Medical and sanitary report of the native army of Madras for the year
Year: 1875
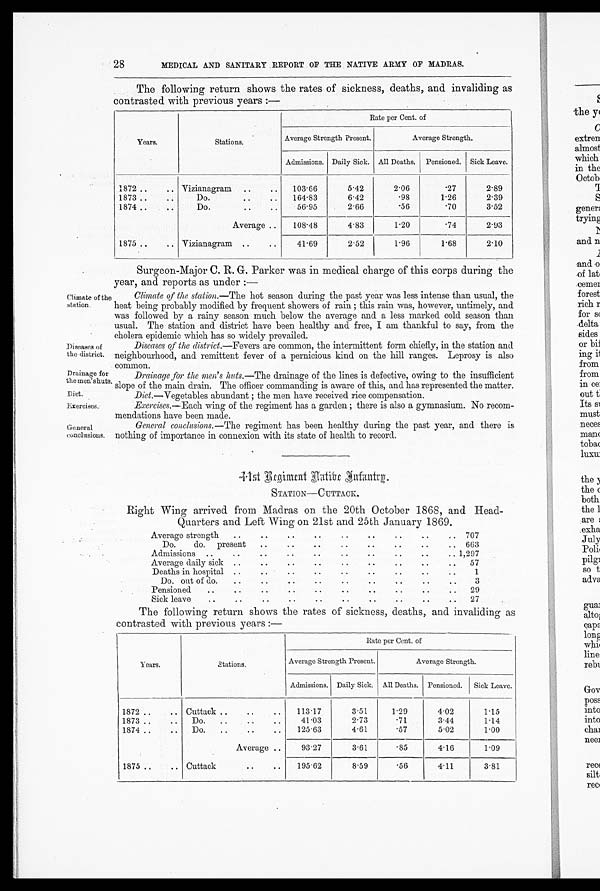
28
Climate of the
station.
Diseases of
the district.
Drainage for
the men's huts
Diet.
Exercises.
General
conclusions.
MEDICAL AND SANITARY REPORT OF THE NATIVE ARMY OF MADRAS.
The following return shows the rates of sickness, deaths, and invaliding as
contrasted with previous years :—
Years.
Stations.
Rate per Cent. of
Average Strength Present.
Average Strength.
Admissions. Daily Sick. All Deaths.
Pensioned. Sick Leave.
1872 ..
.. Vizianagram
..
..
103 . 66
5.42
2.06
.27
2.89
1873 ..
..
Do.
..
..
164 . 83
6.42
.98
1.26
2.39
1874 . .
..
Do.
..
..
56.95
2.66
.56
.70
3.52
Average ..
108.48
4.83
1.20
.74
2.93
1875..
.. Vizianagram ..
. .
41.69
2.52
1.96
1.68
2.10
Surgeon-Major C. R. G. Parker was in medical charge of this corps during the
year, and reports as under :—
Climate of the station.—The hot season during the past year was less intense than usual, the
heat being probably modified by frequent showers of rain ; this rain was, however, untimely, and
was followed by a rainy season much below the average and a less marked cold season than
usual. The station and district have been healthy and free, I am thankful to say, from the
cholera epidemic which has so widely prevailed.
Diseases of the district.—Fevers are common, the intermittent form chiefly, in the station and
neighbourhood, and remittent fever of a pernicious kind on the hill ranges. Leprosy is also
common.
Drainage for the men's huts.—The drainage of the lines is defective, owing to the insufficient
slope of the main drain. The officer commanding is aware of this, and has represented the matter.
Diet.—Vegetables abundant ; the men have received rice compensation.
Exercises.— Each wing of the regiment has a garden ; there is also a gymnasium. No recom-
mendations have been made.
General conclusions. —The regiment has been healthy during the past year, and there is
nothing of importance in connexion with its state of health to record.
4 1 s t R e g i m e n t N a t i v e I n f a n t r y .
STATION— CUTTACK.
Right Wing arrived from Madras on the 20th October 1868, and Head-
Quarters and Left Wing on 21st and 25th January 1869.
Average strength
..
.. ..
..
..
..
..
..
..
707
Do.
do.
present
..
..
..
..
..
..
..
.. 663
Admissions
..
..
..
..
..
..
..
.. 1,297
Average daily sick ..
..
..
..
..
..
..
..
57
Deaths in hospital
. . . .
. .
. .
. .
. .
. .
. .
. .
1
Do. out of do.
..
..
..
..
..
..
..
..
3
Pensioned
..
..
..
..
..
..
..
..
..
..
29
Sick leave
..
..
..
..
..
..
..
27
The following return shows the rates of sickness, deaths, and invaliding as
contrasted with previous years :—
Years.
Stations.
Rate per Cent. of
Average Strength Present.
Average Strength.
Admissions. Daily Sick. All Deaths. Pensioned.
Sick Leave.
1872 ..
.. Cuttack ..
..
..
113 . 17
3.51
1.29
4.02
1.15
1873 ..
..
Do.
..
..
..
41.03
2.73
.71
3.44
1.14
1874 ..
..
Do.
..
..
..
125.63
4.61
.57
5.02
1.00
Average ..
93.27
3 . 6 1
.85
4.16
1.09
1875 ..
.. Cuttack
..
. .
195.62
8.59
.56
4.11
3.81